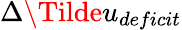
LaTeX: \Delta\Tilde{u}_{deficit}